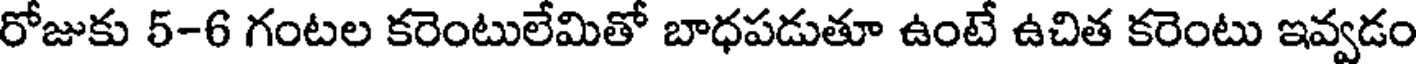
రోజుకు 5-6 గంటల కరెంటులేమితో బాధపడుతూ ఉంటే ఉచిత కరెంటు ఇవ్వడం